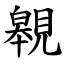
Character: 䚌